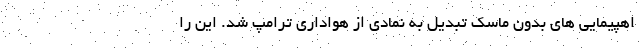
اهپیمایی های بدون ماسک تبدیل به نمادی از هواداری ترامپ شد. این را